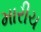
મારીચ